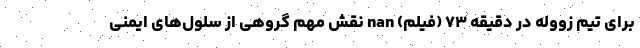
برای تیم زووله در دقیقه ۷۳ (فیلم) nan نقش مهم گروهی از سلول‌های ایمنی